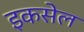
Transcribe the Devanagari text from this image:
इकसेल